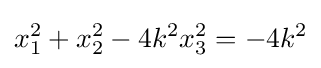
x_{1}^{2}+x_{2}^{2}-4k^{2}x_{3}^{2}=-4k^{2}